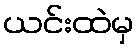
ယင်းထဲမှ